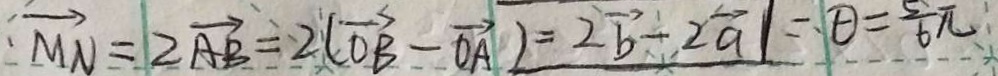
\overrightarrow { M N } = 2 \overrightarrow { A B } = 2 ( \overrightarrow { O B } - \overrightarrow { O A } ) = 2 \overrightarrow { b } - 2 \overrightarrow { a } \vert = \theta = \frac { 5 } { 6 } \pi